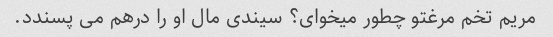
مریم تخم مرغتو چطور میخوای؟ سیندی مال او را درهم می پسندد.